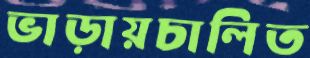
ভাড়ায়চালিত